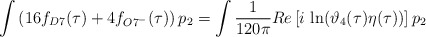
\begin{align*}\int \left(16f_{D7}(\tau)+4f_{O7^{-}}(\tau)\right)p_2=\int \frac{1}{120\pi}Re \left[i\, \ln(\vartheta_4(\tau)\eta(\tau)) \right]p_2\end{align*}